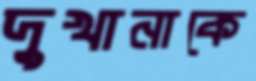
দুখানাকে